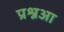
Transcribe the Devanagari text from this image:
प्रश्नआ